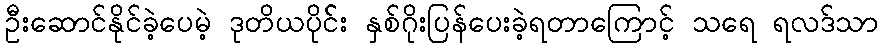
ဦးဆောင်နိုင်ခဲ့ပေမဲ့ ဒုတိယပိုင််း နှစ်ဂိုးပြန်ပေးခဲ့ရတာကြောင့် သရေ ရလဒ်သာ